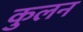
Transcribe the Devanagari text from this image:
कुलन